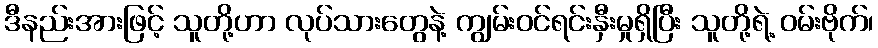
ဒီနည်းအားဖြင့် သူတို့ဟာ လုပ်သားတွေနဲ့ ကျွမ်းဝင်ရင်းနှီးမှုရှိပြီး သူတို့ရဲ့ ဝမ်းဗိုက်၊